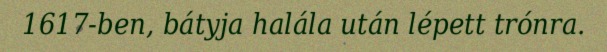
1617-ben, bátyja halála után lépett trónra.